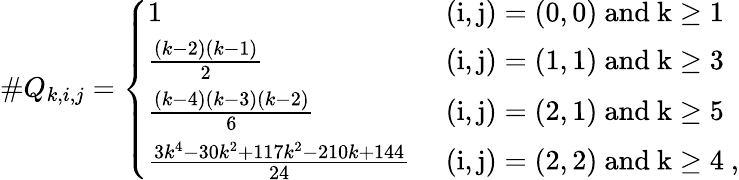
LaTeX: \# Q_{k,i,j}=\left\{ \begin{array}{ll}{1}&{\mathrm{~(i,j)=(0,0)~and~k\geq 1~}}\\ {\frac{(k-2)(k-1)}{2}}&{\mathrm{~(i,j)=(1,1)~and~k\geq 3~}}\\ {\frac{(k-4)(k-3)(k-2)}{6}}&{\mathrm{~(i,j)=(2,1)~and~k\geq 5~}}\\ {\frac{3k^{4}-30k^{2}+117k^{2}-210k+144}{24}}&{\mathrm{~(i,j)=(2,2)~and~k\geq 4~},}\end{array}\right.